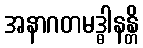
အနာဂတမဒ္ဓါနန္တိ